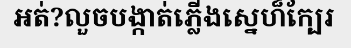
អត់?លួចបង្កាត់ភ្លើងស្នេហ៏ក្បែរ